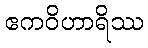
ဧကဝိဟာရိဿ